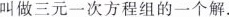
叫做三元一次方程组的一个解。